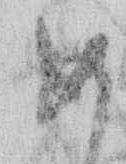
め